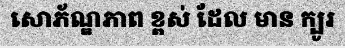
សោភ័ណ្ឌភាព ខ្ពស់ ដែល មាន ក្បូរ